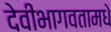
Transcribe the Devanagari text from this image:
देवीभागवतामधे